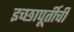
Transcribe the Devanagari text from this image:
इच्छापूर्तीची